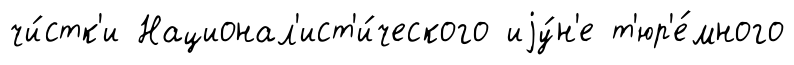
чи́стк'и Национал'ист'и́ческого иjу́н'е т'юр'е́много